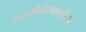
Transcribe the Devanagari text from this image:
फालाक्रोकोराक्वाइडिया